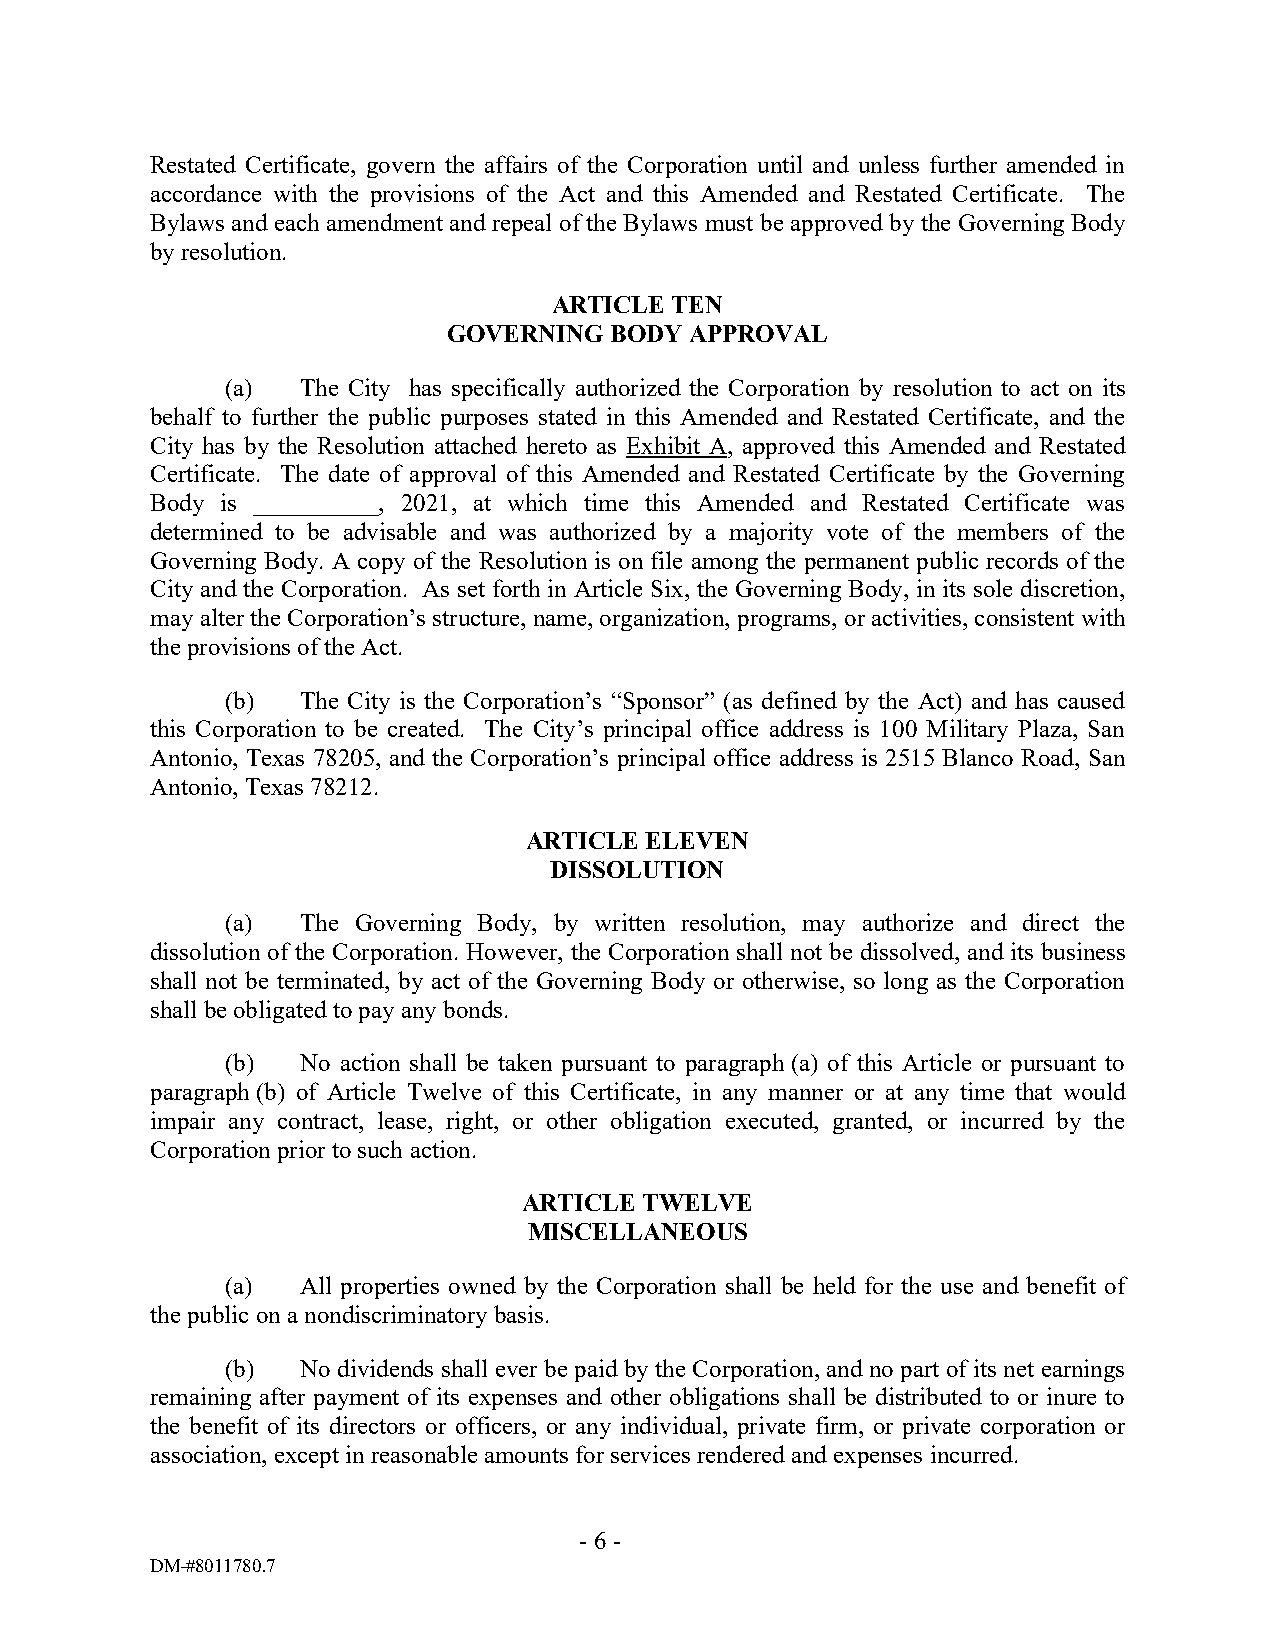
Restated Certificate, govern the affairs of the Corporation until and unless further amended in
 accordance with the provisions of the Act and this Amended and Restated Certificate. The
 Bylaws and each amendment and repeal of the Bylaws must be approved by the Governing Body
 by resolution.
 ARTICLE TEN
 GOVERNING BODY  APPROVAL
 (a)  The City has specifically authorized the Corporation by resolution to act on its
 behalf to further the public purposes stated in this Amended and Restated Certificate, and the
 City has by the Resolution attached hereto as Exhibit A, approved this Amended and Restated
 Certificate. The date of approval of this Amended and Restated Certificate by the Governing
 Body is __________, 2021, at which time this Amended and Restated Certificate was
 determined to be advisable and was authorized by a majority vote of the members of the
 Governing Body. A copy of the Resolution is on file among the permanent public records of the
 City and the Corporation. As set forth in Article Six, the Governing Body, in its sole discretion,
 may alter the Corporation’s structure, name, organization, programs, or activities, consistent with
 the provisions of the Act.
 (b)  The City is the Corporation’s “Sponsor” (as defined by the Act) and has caused
 this Corporation to be created. The City’s principal office address is 100 Military Plaza, San
 Antonio, Texas 78205, and the Corporation’s principal office address is 2515 Blanco Road, San
 Antonio, Texas 78212.
 ARTICLE ELEVEN
 DISSOLUTION
 (a)  The Governing Body, by written resolution, may authorize and direct the
 dissolution of the Corporation. However, the Corporation shall not be dissolved, and its business
 shall not be terminated, by act of the Governing Body or otherwise, so long as the Corporation
 shall be obligated to pay any bonds.
 (b)  No action shall be taken pursuant to paragraph (a) of this Article or pursuant to
 paragraph (b) of Article Twelve of this Certificate, in any manner or at any time that would
 impair any contract, lease, right, or other obligation executed, granted, or incurred by the
 Corporation prior to such action.
 ARTICLE TWELVE
 MISCELLANEOUS
 (a)  All properties owned by the Corporation shall be held for the use and benefit of
 the public on a nondiscriminatory basis.
 (b)  No dividends shall ever be paid by the Corporation, and no part of its net earnings
 remaining after payment of its expenses and other obligations shall be distributed to or inure to
 the benefit of its directors or officers, or any individual, private firm, or private corporation or
 association, except in reasonable amounts for services rendered and expenses incurred.
 - 6 -
 DM-#8011780.7